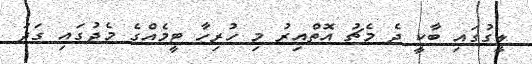
ލީގުގައި ބާކީ ދެ މެޗު އޮތްއިރު މި ހުރިހާ ޓީމެއްގެ މެދުގައި ގަދަ